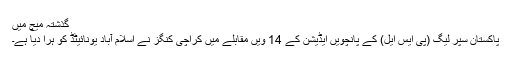
گذشتہ میچ میں
پاکستان سپر لیگ (پی ایس ایل) کے پانچویں ایڈیشن کے 14 ویں مقابلے میں کراچی کنگز نے اسلام آباد یونائیٹڈ کو ہرا دیا ہے۔